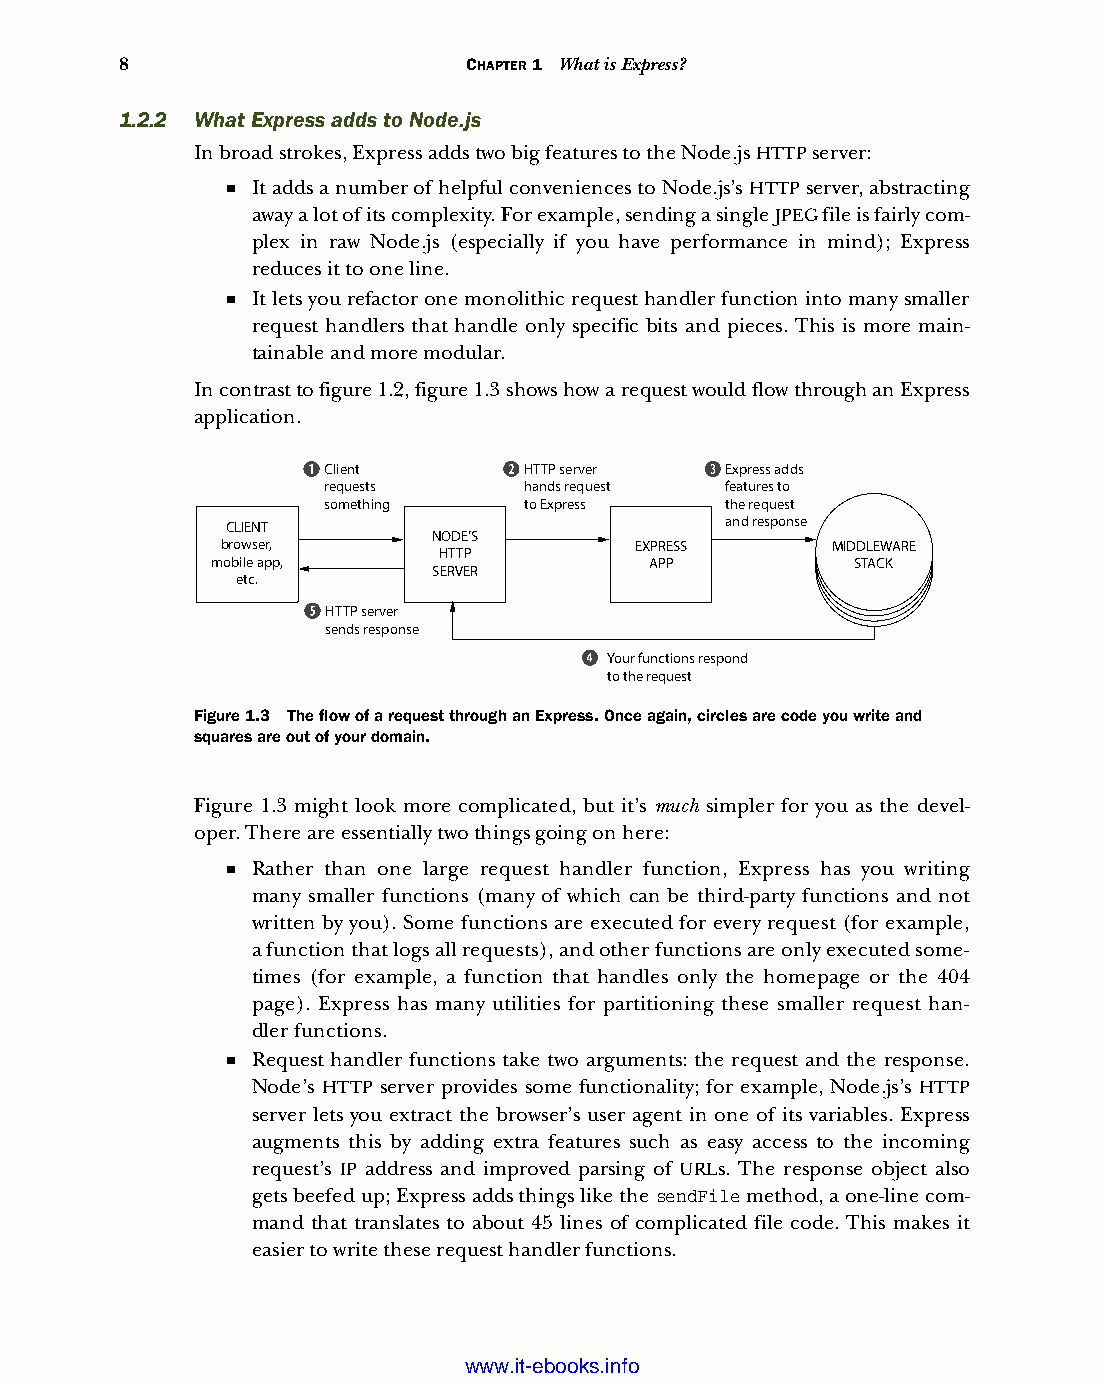
8                      CHAPTER 1 What is Express?
 1.2.2 What Express adds to Node.js
 In broad strokes, Express adds two big features to the Node.js HTTP server:
 ■ It adds a number of helpful conveniences to Node.js’s HTTP server, abstracting
 away a lot of its complexity. For example, sending a single JPEG file is fairly com-
 plex in raw Node.js (especially if you have performance in mind); Express
 reduces it to one line.
 ■ It lets you refactor one monolithic request handler function into many smaller
 request handlers that handle only specific bits and pieces. This is more main-
 tainable and more modular.
 In contrast to figure 1.2, figure 1.3 shows how a request would flow through an Express
 application.
 Client        HTTP server  Express adds
 requests      hands request features to
 something     to Express   the request
 CLIENT                           and response
 NODE’S
 browser,                   EXPRESS      MIDDLEWARE
 HTTP
 mobile app,                  APP           STACK
 SERVER
 etc.
 HTTP server
 sends response
 Your functions respond
 to the request
 Figure 1.3 The flow of a request through an Express. Once again, circles are code you write and
 squares are out of your domain.
 Figure 1.3 might look more complicated, but it’s much simpler for you as the devel-
 oper. There are essentially two things going on here:
 ■ Rather than one large request handler function, Express has you writing
 many smaller functions (many of which can be third-party functions and not
 written by you). Some functions are executed for every request (for example,
 a function that logs all requests), and other functions are only executed some-
 times (for example, a function that handles only the homepage or the 404
 page). Express has many utilities for partitioning these smaller request han-
 dler functions.
 ■ Request handler functions take two arguments: the request and the response.
 Node’s HTTP server provides some functionality; for example, Node.js’s HTTP
 server lets you extract the browser’s user agent in one of its variables. Express
 augments this by adding extra features such as easy access to the incoming
 request’s IP address and improved parsing of URLs. The response object also
 gets beefed up; Express adds things like the sendFile method, a one-line com-
 mand that translates to about 45 lines of complicated file code. This makes it
 easier to write these request handler functions.
 Licensed wtow w <.mit-ielebro.8o8k8s@.ingfomail.com>